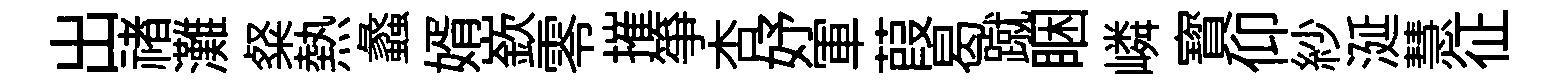
出禇灘粲熱蠡婿嶔零摧箏杏妤軍葭曷蹴睏嶙寳仰紗涎慧征